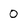
Character: 0